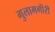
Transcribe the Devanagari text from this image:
गुलामगीरी